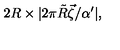
2 R \times | 2 \pi \tilde { R } \vec { \zeta } / \alpha ^ { \prime } | ,